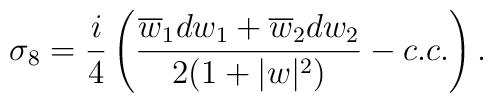
\sigma_8={{i}\over{4}}\left({{\overline{w}_1dw_1+\overline{w}_2dw_2}\over{2(1+|w|^2)}}-c.c.\right).